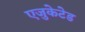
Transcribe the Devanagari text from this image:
एजुकेटेड